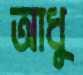
আধু